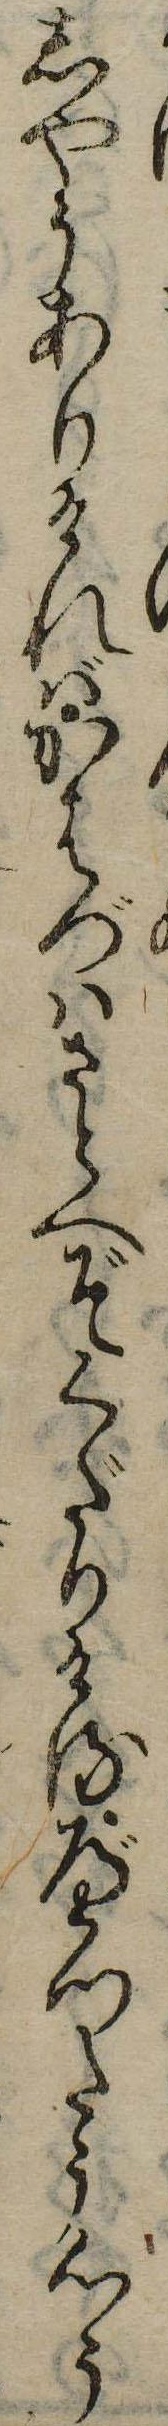
しやうありければかはづはさとへぞくだりけるべつたう心う